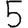
Digit: 5